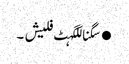
●سگناللگہٹ فلیش ۔